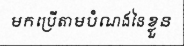
មកប្រើតាមបំណងនៃខ្លួន